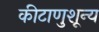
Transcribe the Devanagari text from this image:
कीटाणुशून्य